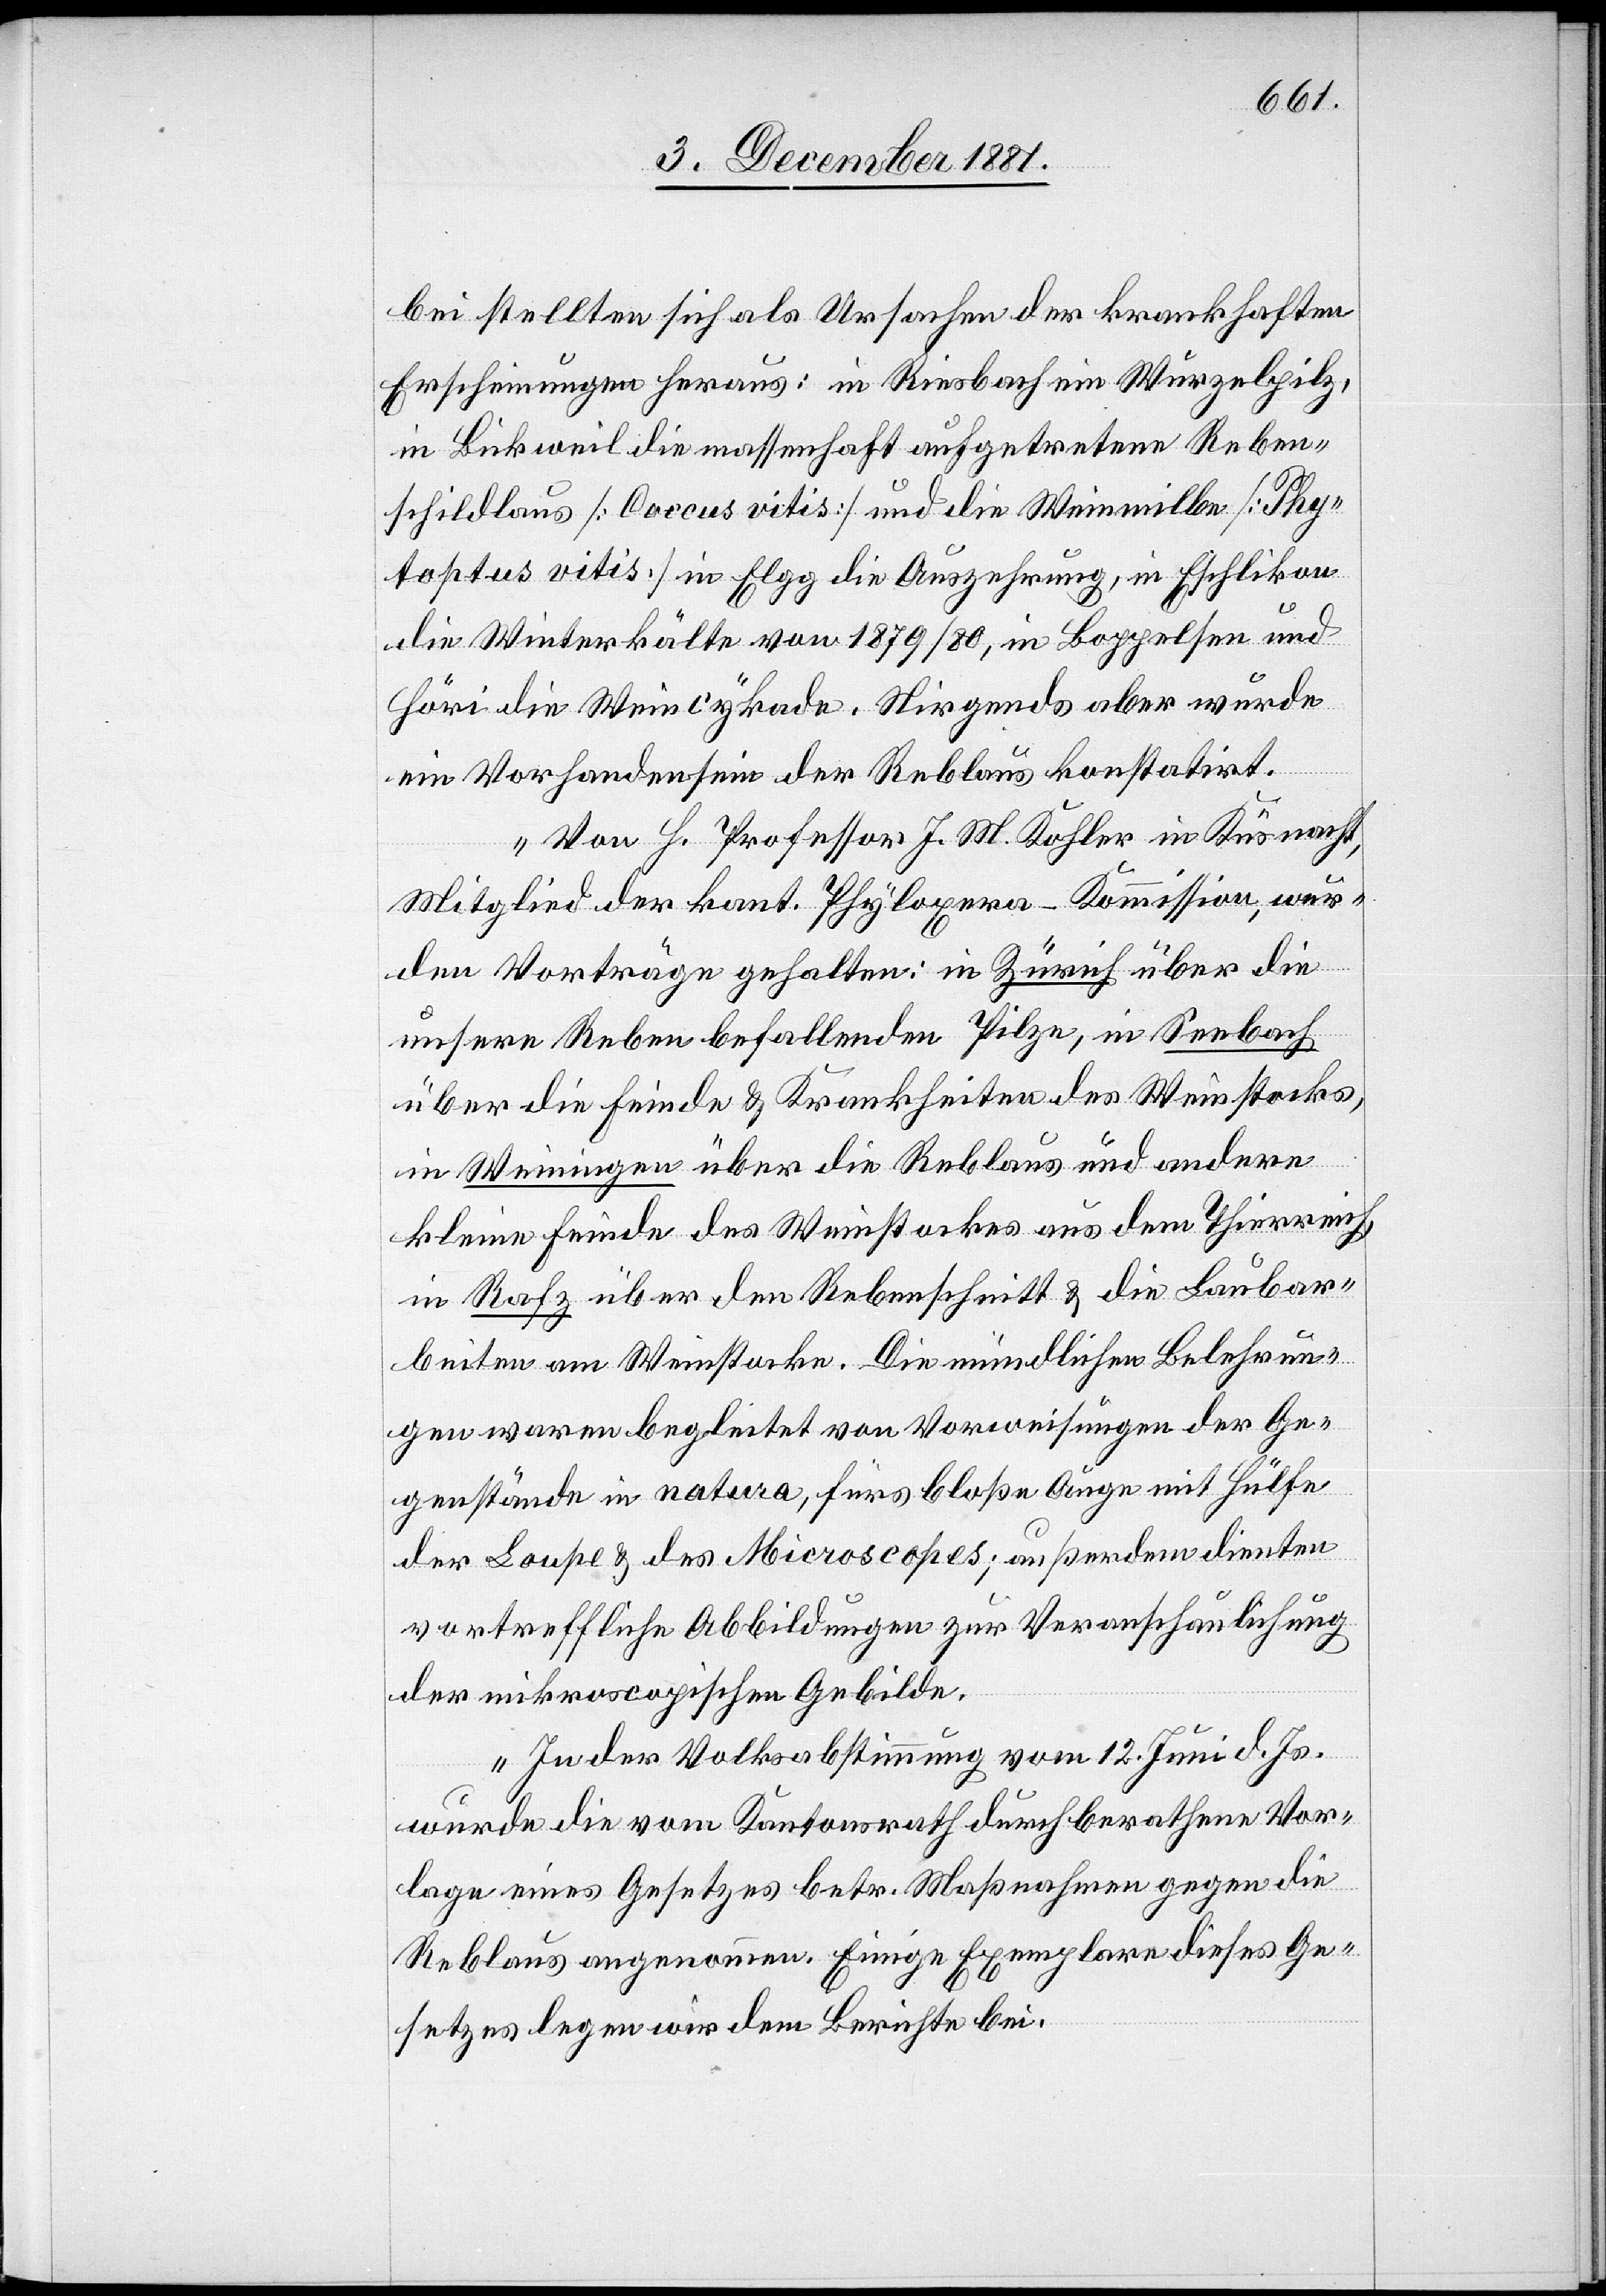
bei stellten sich als Ursachen der krankhaften
Erscheinungen heraus: in Riesbach ein Wurzelpilz,
in Bickweil die massenhaft aufgetretene Reben¬
schildlaus [Caccus vitis] und die Weinmilbe [Phy¬
toptus vitis] in Elgg die Auszehrung, in Eschlikon
die Winterkälte von 1879/80, in Boppelsen und
Höri die Weincykade. Nirgendwo aber wurde
ein Vorhandensein der Reblaus konstatirt.
Von h. Professor J. M. Kofler in Küsnacht,
Mitglied der kant. Phyl[l]oxera-Kommission, wer¬
den Vorträge gehalten: in Zürich über die
unsere Reben befallenden Pilze, in Seebach
über die Feinde & Krankheiten des Weinstocks,
in Weiningen über die Reblaus und andere
kleine Feinde des Weinstockes aus dem Thierreich,
in Rafz über den Rebenschnitt & die Laubar¬
beiten am Weinstocke. Die mündlichen Belehrun¬
gen waren begleitet von Vorweisungen der Ge¬
genstände in natura, fürs bloße Auge mit Hülfe
der Loupe & des Microscopes; außerdem dienten
vortreffliche Abbildungen zur Veranschaulichung
der mikroscopischen Gebilde.
In der Volksabstimmung vom 12. Juni d. Js.
wurde die vom Kantonsrath durchberathene Vor¬
lage eines Gesetzes betr. Maßnahmen gegen die
Reblaus angenommen. Einige Exemplare dieses Ge¬
setzes legen wir dem Berichte bei.